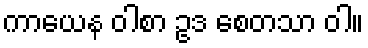
ကာယေန ဝါစာ ဥဒ စေတသာ ဝါ။